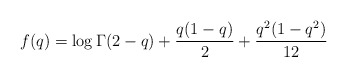
\begin{align*}f(q) = \log\Gamma(2-q) + \frac{q(1-q)}{2} + \frac{q^2(1-q^2)}{12}\end{align*}